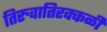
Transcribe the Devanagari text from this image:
तिरुवातिरक्कळी